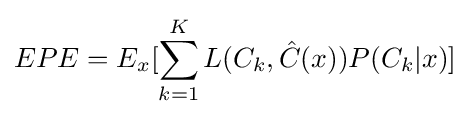
EPE=E_{x}[\sum _{k=1}^{K}L(C_{k},{\hat {C}}(x))P(C_{k}|x)]